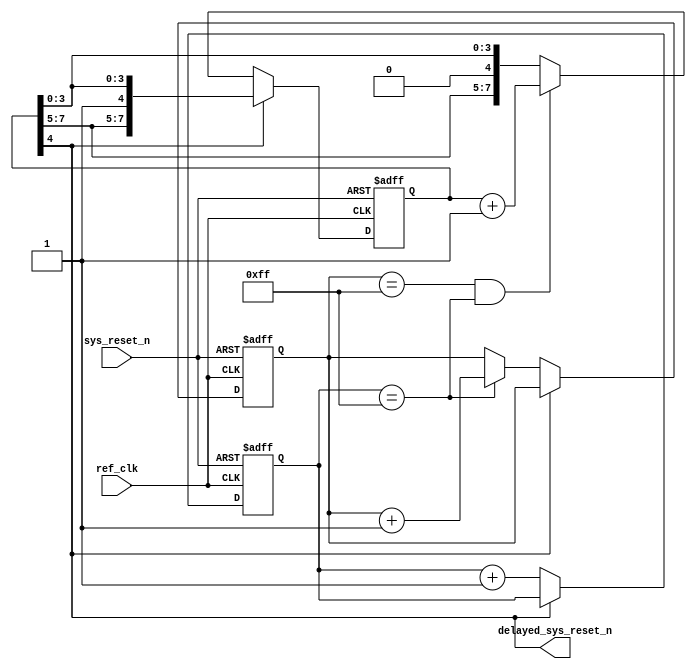
module pcie_reset_delay_v6_1 # (
  parameter PL_FAST_TRAIN = "FALSE",
  parameter REF_CLK_FREQ = 0   
)
(
  input  wire        ref_clk,
  input  wire        sys_reset_n,
  output             delayed_sys_reset_n
);
  parameter TCQ = 1;
  localparam         TBIT =  (PL_FAST_TRAIN == "FALSE") ?  ((REF_CLK_FREQ == 1) ? 20: (REF_CLK_FREQ == 0) ? 20 : 21) : 2;
  reg [7:0]          reg_count_7_0;
  reg [7:0]          reg_count_15_8;
  reg [7:0]          reg_count_23_16;
  wire [23:0]        concat_count;
  assign concat_count = {reg_count_23_16, reg_count_15_8, reg_count_7_0};
  always @(posedge ref_clk or negedge sys_reset_n) begin
    if (!sys_reset_n) begin
      reg_count_7_0 <= #TCQ 8'h0;
      reg_count_15_8 <= #TCQ 8'h0;
      reg_count_23_16 <= #TCQ 8'h0;
    end else begin
      if (delayed_sys_reset_n != 1'b1) begin
        reg_count_7_0   <= #TCQ reg_count_7_0 + 1'b1;
        reg_count_15_8  <= #TCQ (reg_count_7_0 == 8'hff)? reg_count_15_8  + 1'b1 : reg_count_15_8 ;
        reg_count_23_16 <= #TCQ ((reg_count_15_8 == 8'hff) & (reg_count_7_0 == 8'hff)) ? reg_count_23_16 + 1'b1 : reg_count_23_16;
      end 
    end
  end
  assign delayed_sys_reset_n = concat_count[TBIT]; 
endmodule